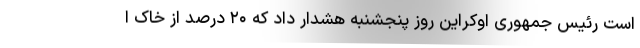
است رئیس جمهوری اوکراین روز پنجشنبه هشدار داد که ۲۰ درصد از خاک ا